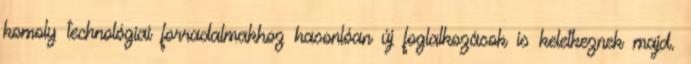
komoly technológiai forradalmakhoz hasonlóan új foglalkozások is keletkeznek majd.